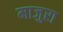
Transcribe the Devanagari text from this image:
माजुरा